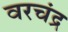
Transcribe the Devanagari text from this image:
वरचंद्र